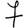
Digit: 7